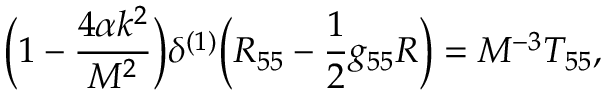
\bigg ( 1 - \frac { 4 \alpha k ^ { 2 } } { M ^ { 2 } } \bigg ) \delta ^ { ( 1 ) } \bigg ( R _ { 5 5 } - \frac { 1 } { 2 } g _ { 5 5 } R \bigg ) = M ^ { - 3 } T _ { 5 5 } ,